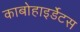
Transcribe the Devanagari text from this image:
काबोहाइर्डेटस